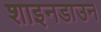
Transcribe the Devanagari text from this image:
शाइनडाउन